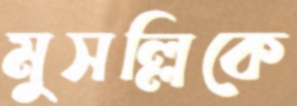
মুসল্লিকে